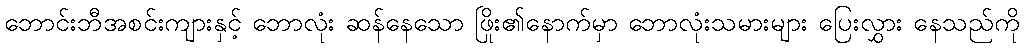
ဘောင်းဘီအစင်းကျားနှင့် ဘောလုံး ဆန်နေသော ဖြိုး၏နောက်မှာ ဘောလုံးသမားများ ပြေးလွှား နေသည်ကို